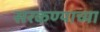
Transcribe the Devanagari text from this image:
सरकण्याच्या